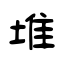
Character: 堆